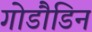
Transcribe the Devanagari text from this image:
गोडौडिन